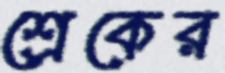
শ্রেকের